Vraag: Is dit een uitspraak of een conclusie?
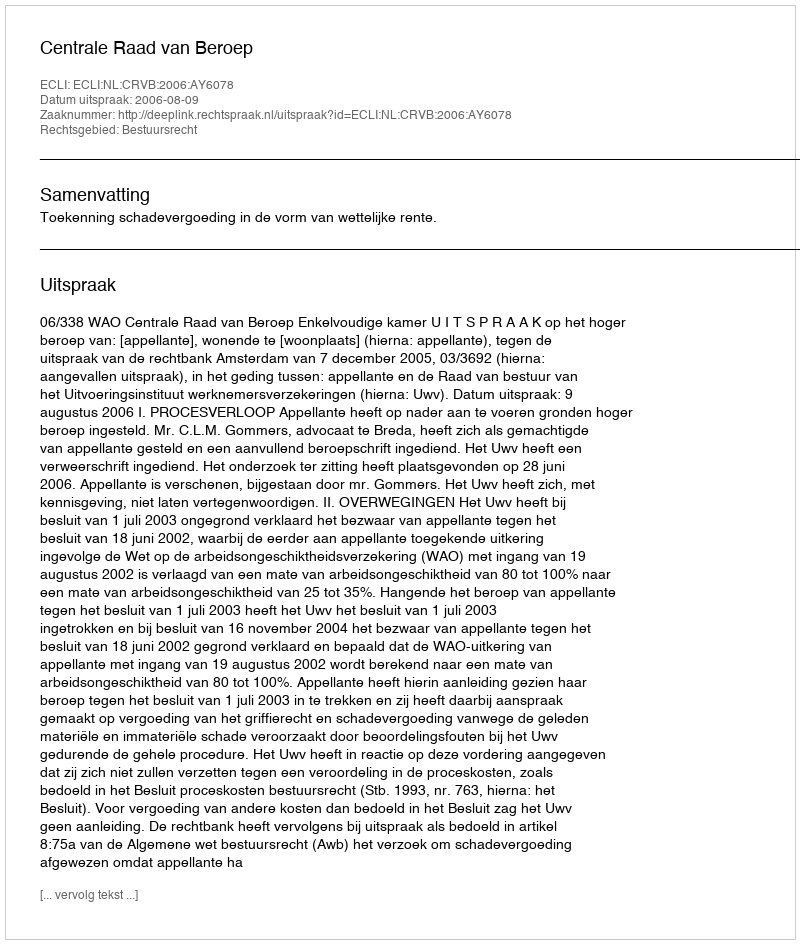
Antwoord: Uitspraak